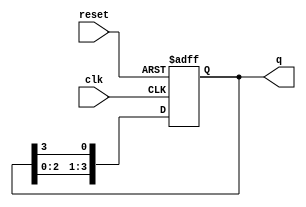
module ring_counter (
    input wire clk,          // Clock signal
    input wire reset,        // Asynchronous reset signal
    output reg [N-1:0] q     // Output state of the ring counter
);
    parameter N = 4;         // Number of stages (flip-flops) in the ring counter

    // Initialize the counter state
    always @(posedge clk or posedge reset) begin
        if (reset) begin
            q <= 1'b1;       // Set the first flip-flop to '1' and others to '0'
        end else begin
            // Shift the '1' bit to the left, wrapping around
            q <= {q[N-2:0], q[N-1]};
        end
    end
endmodule